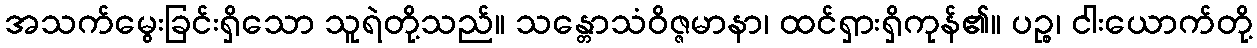
အသက်မွေးခြင်းရှိသော သူရဲတို့သည်။ သန္တောသံဝိဇ္ဇမာနာ၊ ထင်ရှားရှိကုန်၏။ ပဉ္စ၊ ငါးယောက်တို့